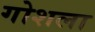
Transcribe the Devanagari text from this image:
गोशला